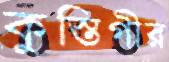
কুস্তিগীর